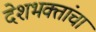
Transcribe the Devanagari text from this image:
देशभक्तांचा